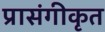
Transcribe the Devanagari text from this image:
प्रासंगीकृत